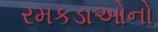
રમકડાઓનો